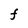
Character: F